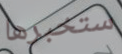
ستخبرها